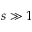
s \gg 1